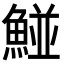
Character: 𩹁